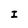
Character: I